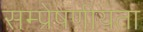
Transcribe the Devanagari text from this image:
सम्प्रेषणीयता